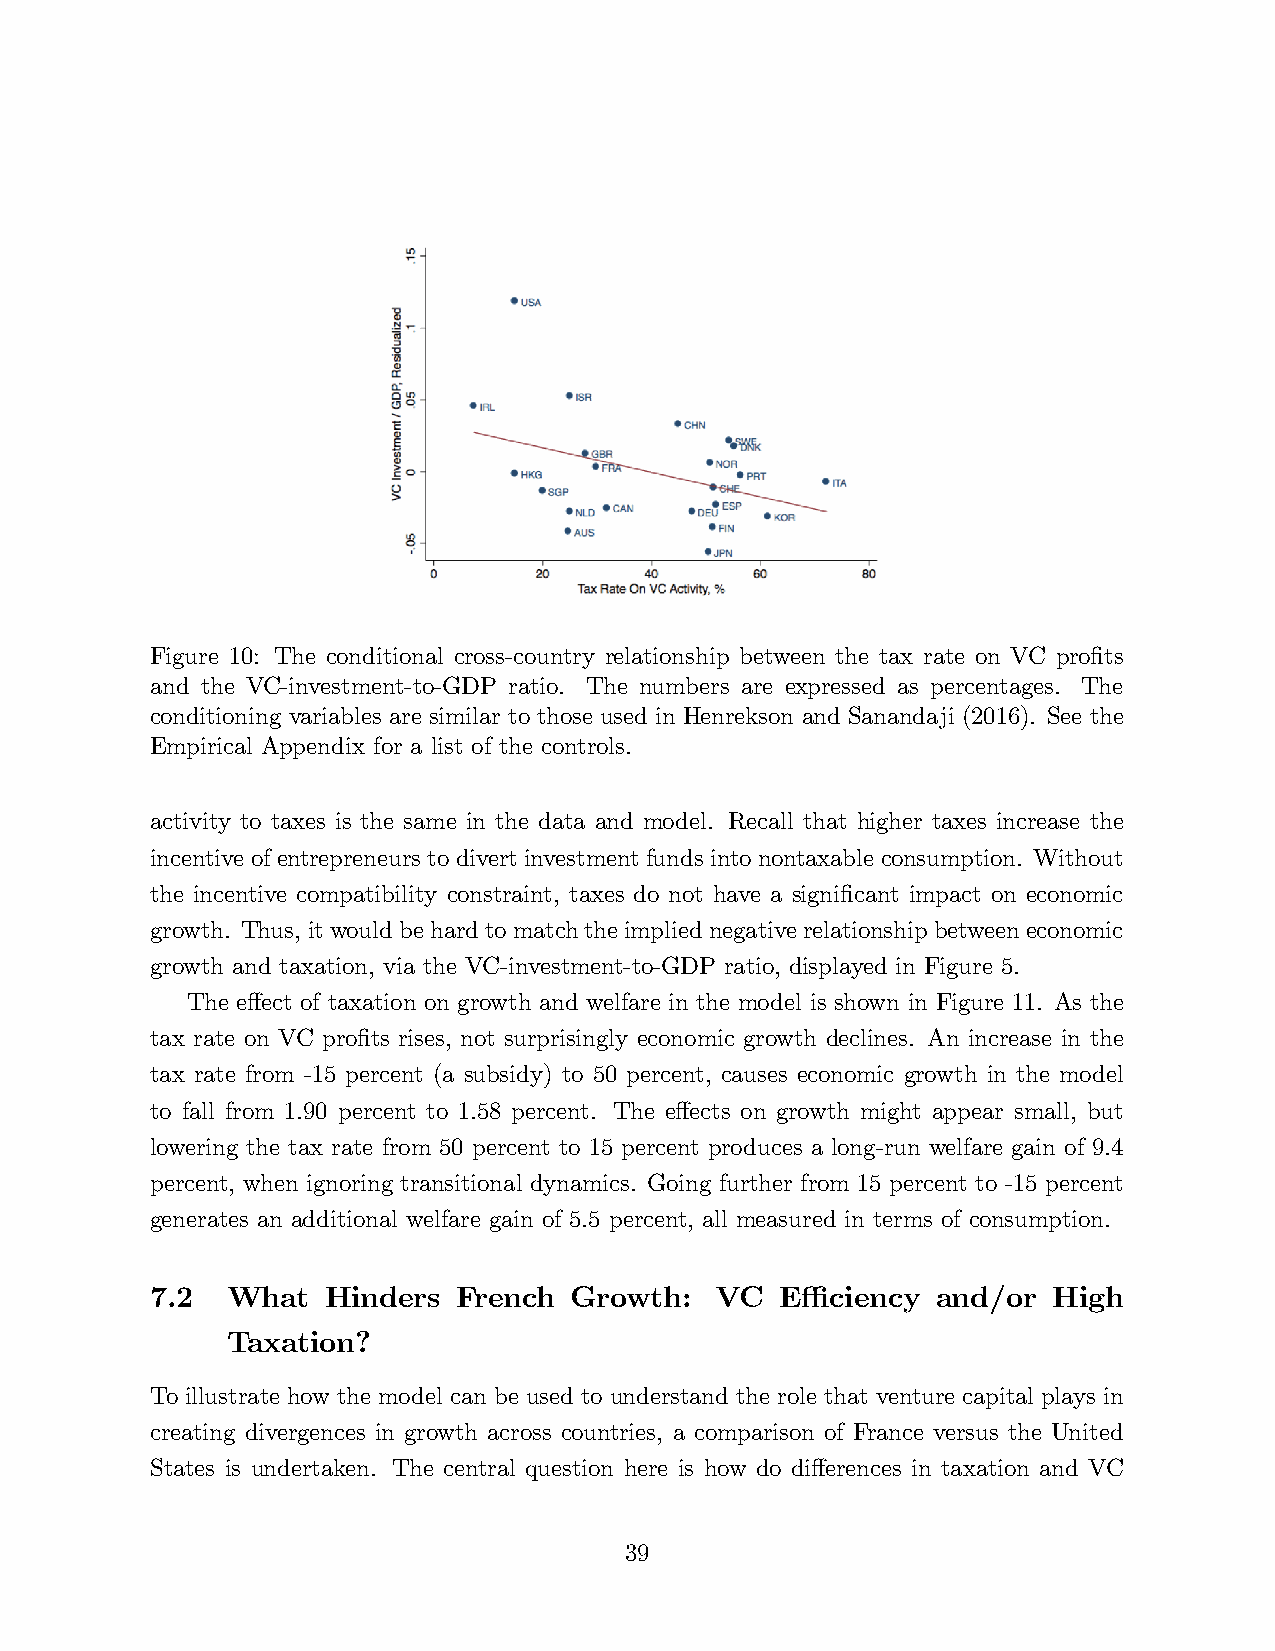
Figure 10: The conditional cross-country relationship between the tax rate on VC profits
 and the VC-investment-to-GDP ratio. The numbers are expressed as percentages. The
 conditioning variables are similar to those used in Henrekson and Sanandaji (2016). See the
 Empirical Appendix for a list of the controls.
 activity to taxes is the same in the data and model. Recall that higher taxes increase the
 incentive of entrepreneurs to divert investment funds into nontaxable consumption. Without
 the incentive compatibility constraint, taxes do not have a significant impact on economic
 growth. Thus, it would be hard to match the implied negative relationship between economic
 growth and taxation, via the VC-investment-to-GDP ratio, displayed in Figure 5.
 The effect of taxation on growth and welfare in the model is shown in Figure 11. As the
 tax rate on VC profits rises, not surprisingly economic growth declines. An increase in the
 tax rate from -15 percent (a subsidy) to 50 percent, causes economic growth in the model
 to fall from 1.90 percent to 1.58 percent. The effects on growth might appear small, but
 lowering the tax rate from 50 percent to 15 percent produces a long-run welfare gain of 9.4
 percent, when ignoring transitional dynamics. Going further from 15 percent to -15 percent
 generates an additional welfare gain of 5.5 percent, all measured in terms of consumption.
 7.2  What   Hinders French  Growth:  VC   Effi ciency and/or High
 Taxation?
 To illustrate how the model can be used to understand the role that venture capital plays in
 creating divergences in growth across countries, a comparison of France versus the United
 States is undertaken. The central question here is how do differences in taxation and VC
 39